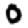
Digit: 0